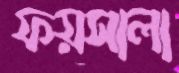
ফয়সালা